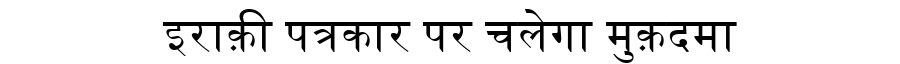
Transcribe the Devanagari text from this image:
इराक़ी पत्रकार पर चलेगा मुक़दमा